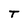
Character: T